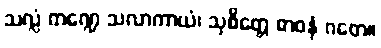
သလ္လံ ကဏ္ဍေ သလာကာယံ၊ သုစိတ္တေ ဓာဝနံ ဂတေ။